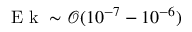
\textrm { E k } \sim \mathcal { O } ( 1 0 ^ { - 7 } - 1 0 ^ { - 6 } )